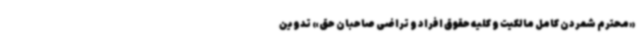
«محترم شمردن کامل مالکیت و کلیه حقوق افراد و تراضی صاحبان حق» تدوین‌